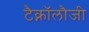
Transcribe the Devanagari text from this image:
टैक्नॉलौजी